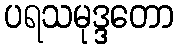
ပရသမုဒ္ဒတော